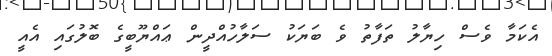
އެކަމާ ވެސް ހިޔާލު ތަފާތު ވެ ބަޔަކު ސަލާހުއްދީން ޢައްޔޫބީގެ ބޮލުގައި އެއީ